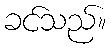
ခင်သည်။